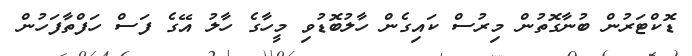
ޑޮކްޓަރުން ބުނާގޮތުން މިރުސް ކައިގެން ހާލުބޮޑުވި މީހާގެ ހާލު އޭގެ ފަސް ހަފްތާފަހުން